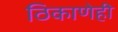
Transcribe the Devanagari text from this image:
ठिकाणेही